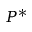
P ^ { * }